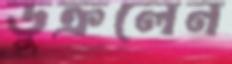
ডুক্‌রলেন